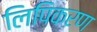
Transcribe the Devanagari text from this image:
लिपिकरण